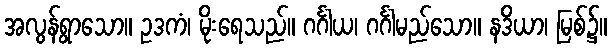
အလွန်ရွာသော။ ဥဒကံ၊ မိုးရေသည်။ ဂင်္ဂါယ၊ ဂင်္ဂါမည်သော။ နဒိယာ၊ မြစ်၌။